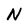
Character: N